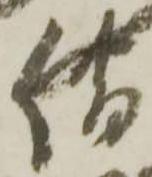
借